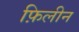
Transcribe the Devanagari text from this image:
फ़िलीन